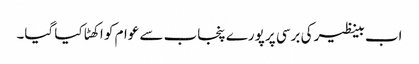
اب بینظیر کی برسی پر پورے پنجاب سے عوام کو اکھٹا کیا گیا۔